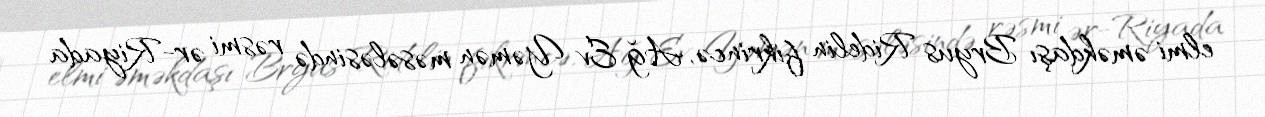
elmi əməkdaşı Bryus Ridelin fikrincə, Ağ Ev Yəmən məsələsində rəsmi ər-Riyada